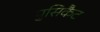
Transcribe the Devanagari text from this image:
पुसिकैट